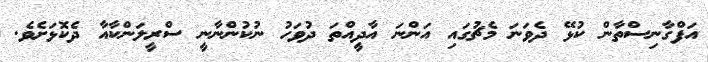
އަފްގާނިސްތާން ކުޅޭ ދެވަނަ މެޗުގައި އަންނަ އާދިީއްތަ ދުވަހު ނުކުންނާނީ ސްރީލަންކާއާ ދެކޮޅަށެވެ.